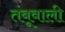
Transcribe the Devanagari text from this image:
तंबूवाली